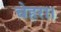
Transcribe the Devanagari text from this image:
चेहरा।